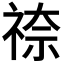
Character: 𮁿